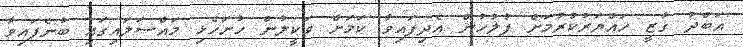
އަބްދު ގާޒީ ހައްޔަރުކުރުމަށް ފުލުހުން އެދިފައިވާ ކަމަށް ވަކީލުން ހުށަހެޅި މައްސަލައިގައި ބުނެފައިވާ